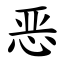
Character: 恶